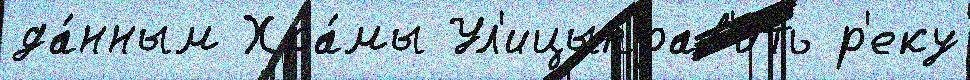
да́нным Хра́мы Ул'ицыправ'ить р'еку